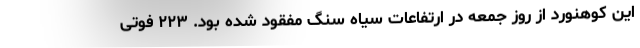
این کوهنورد از روز جمعه در ارتفاعات سیاه سنگ مفقود شده بود. ۲۲۳ فوتی